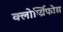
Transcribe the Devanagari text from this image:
क्लोर्प्य्रिफोस